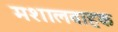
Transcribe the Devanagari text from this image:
मशालवाहक